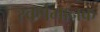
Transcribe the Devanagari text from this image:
स्वर्णमानक